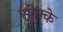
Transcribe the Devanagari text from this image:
सीक्के